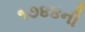
૧૭૪૪ની